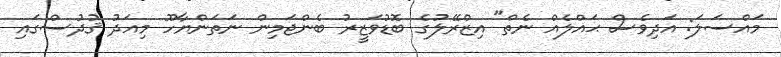
މައްސަލަ: އަދިވެސް ޙައްލެއް ނެތް" އިޒްރޭލުގެ ބޮޑުވަޒީރު ބެންޖަމިން ނަތަންޔާހޫ މިއަދު ޤުދުސްގައި